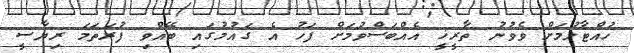
ހުއްޓާލުމަށް ވެވުނު ތާރީޚީ އެއްބަސްވުމަށް ފަހު އެ ގައުމުގައި ބޭއްވި ފުރަތަމަ ރިޔާސީ